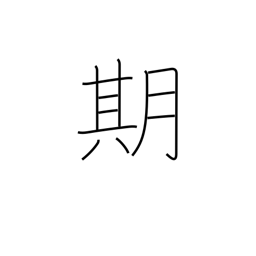
Meaning: time